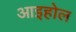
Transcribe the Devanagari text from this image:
आइहोल